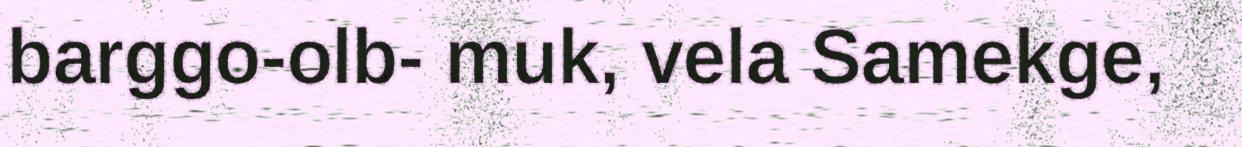
barggo-olb- muk, vela Samekge,